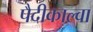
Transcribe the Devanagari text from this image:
पैदीकाल्वा